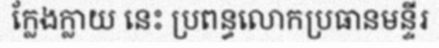
ក្លែងក្លាយ នេះ ប្រពន្ធលោកប្រធានមន្ទីរ